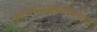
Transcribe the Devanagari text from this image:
पुराणवस्तुसंशोधनाचा